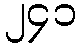
၂၄၁